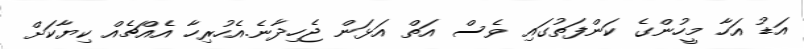
އަޑު އަހާ މީހުންގެ ކަންފަތުގައި ވެސް އަތް އަޅަން ޖެހިދާނެ.އެހުރިހާ އެއްޗެއް ކިޔާކަށް